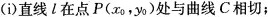
(i)直线l在点P(x_{0}，y_{0})处与曲线C相切；